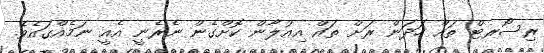
ރިސޯރޓް ތައް ހަދަން ރަށް ތައް އިއުލާން ކޮށްގެން ނެރެނީ އެއީ ނަމެއްގައެވެ.